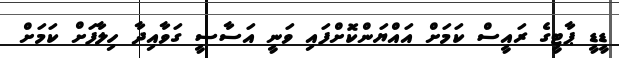
ޑީޑީ ޕާޓީގެ ރައީސް ކަމަށް އައްޔަންކޮށްފައި ވަނީ އަސާސީ ގަވާއިދާ ހިލާފަށް ކަމަށް